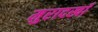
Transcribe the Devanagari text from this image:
मुरादखाँ